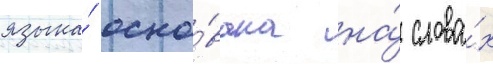
языка́ осно́вана на́ слова́х